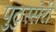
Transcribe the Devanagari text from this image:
पुठुस्सेरी